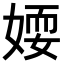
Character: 𡞾